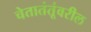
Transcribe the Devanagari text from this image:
चेतातंतूंवरील